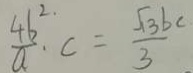
\frac { 4 b ^ { 2 . } } { a } \cdot c = \frac { \sqrt { 3 } b c } { 3 }